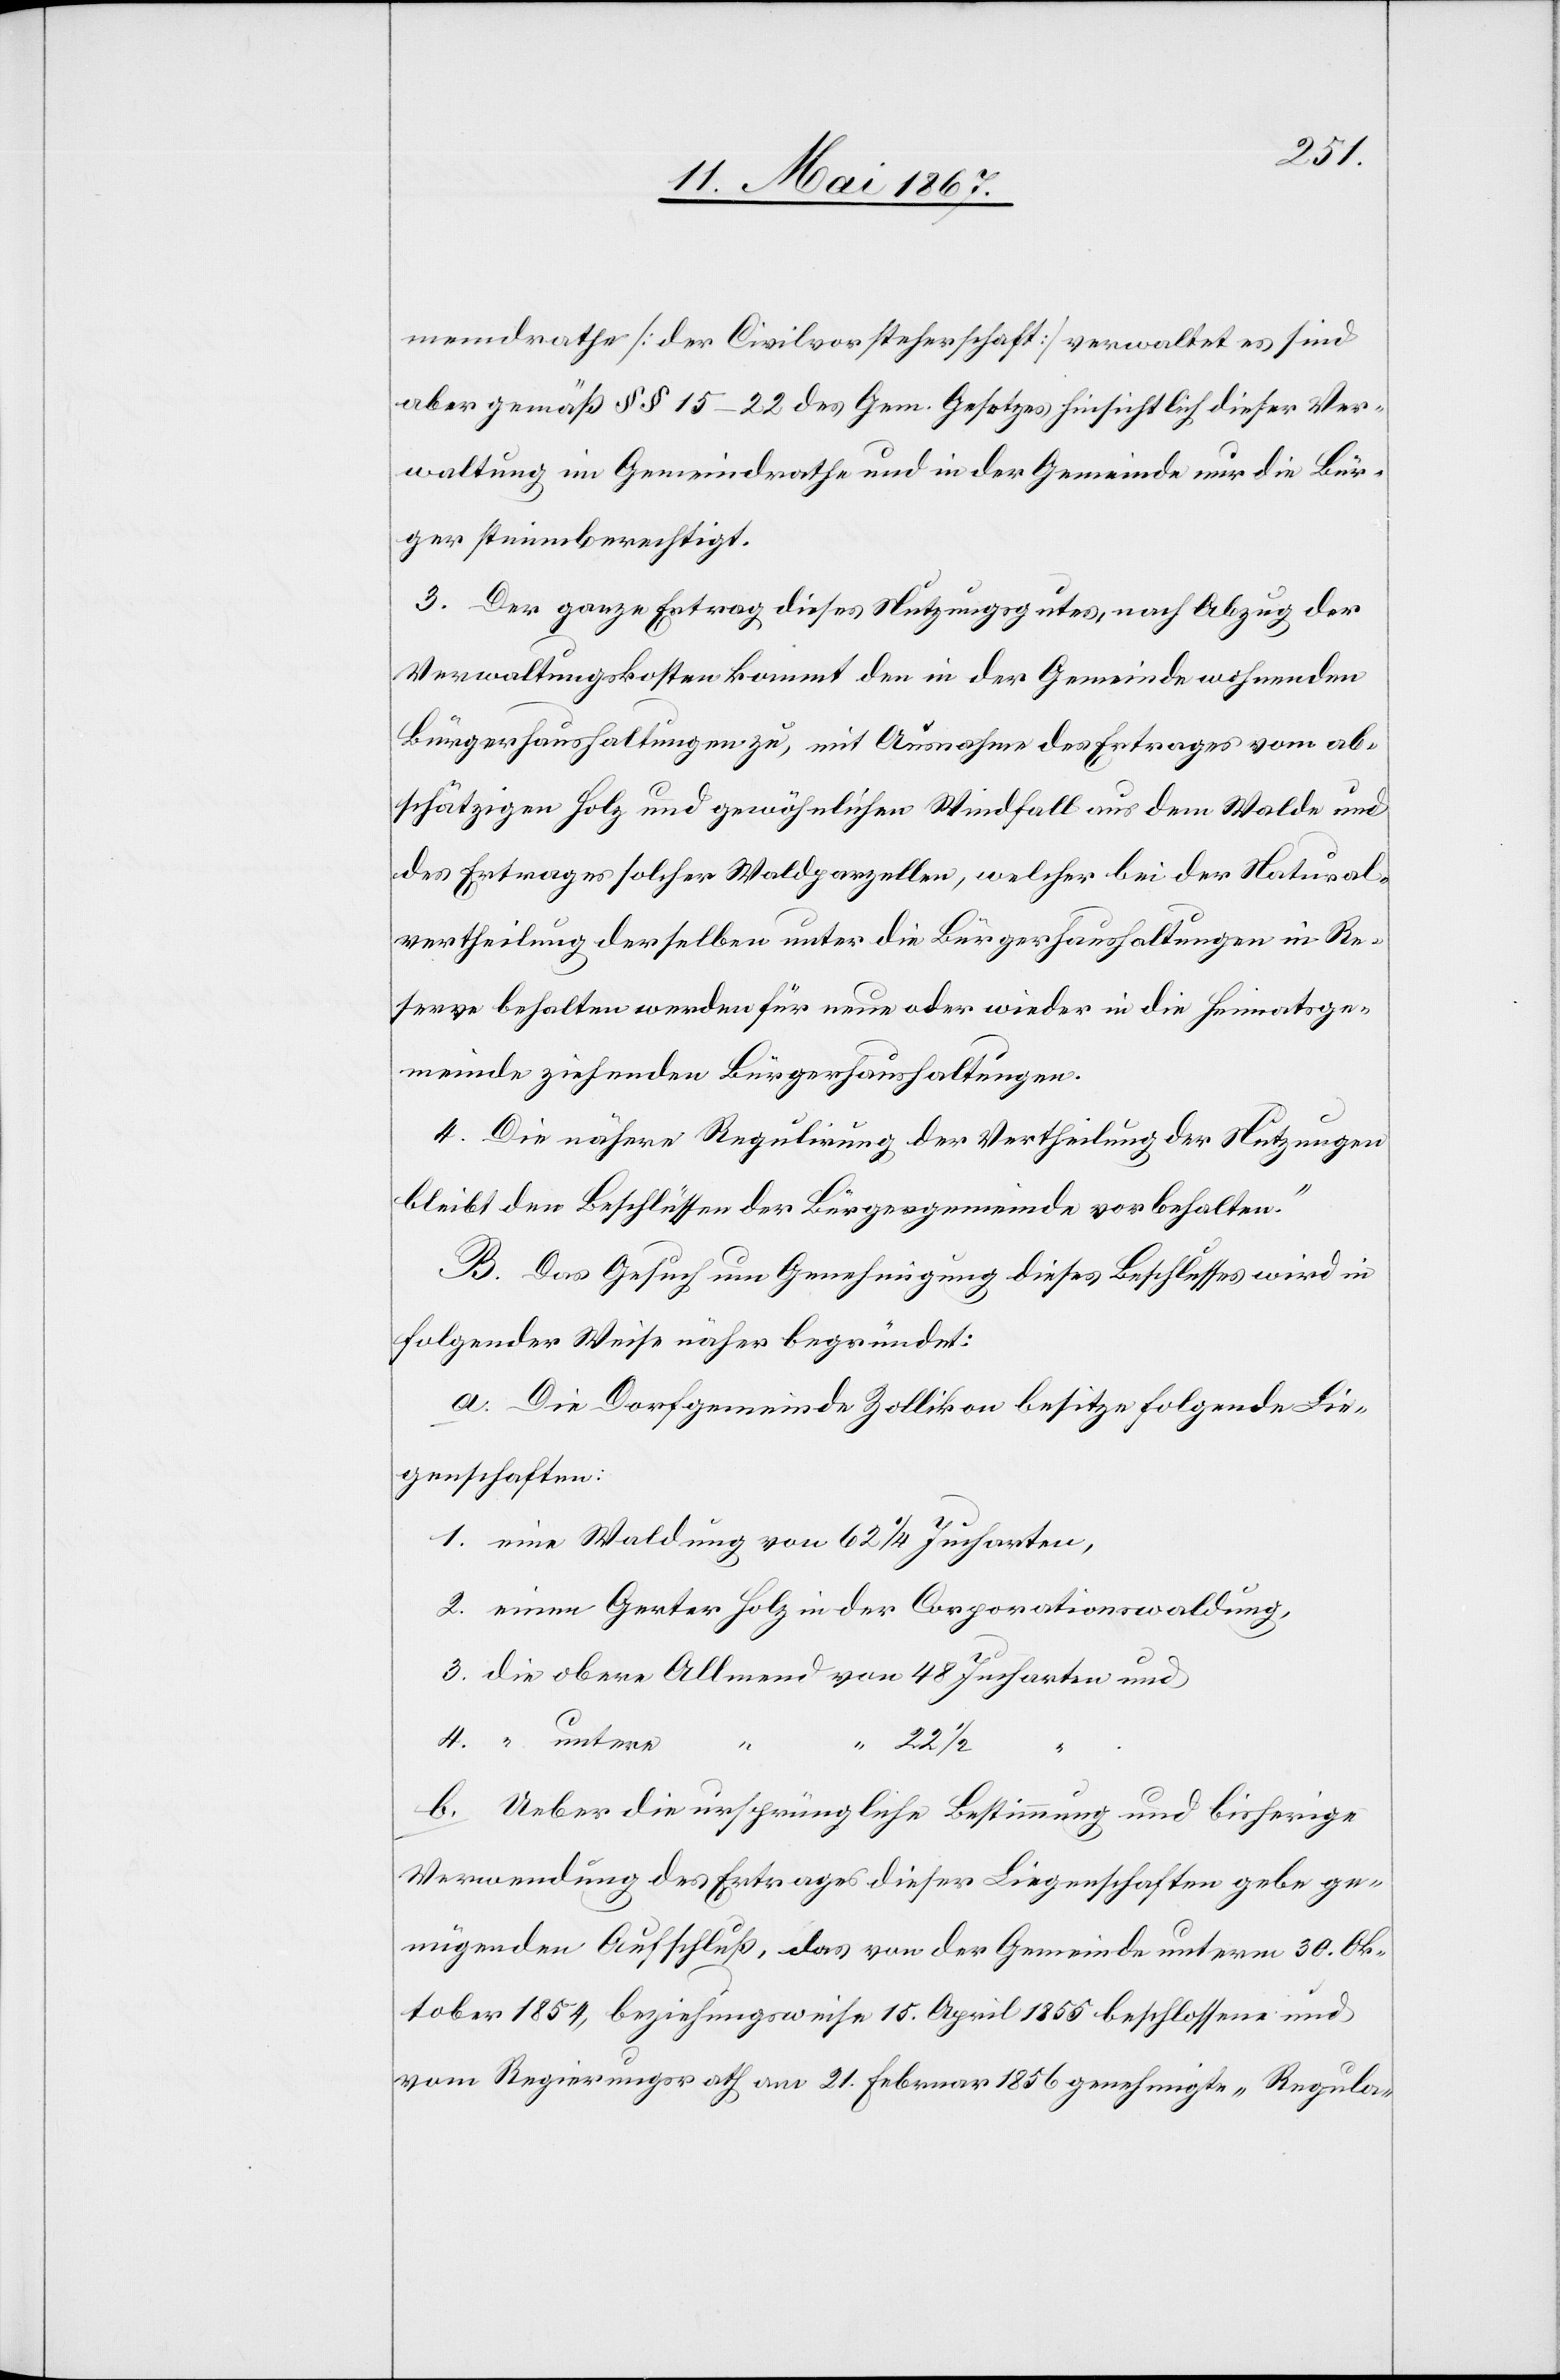
221/2
meindsrathe [der Civilvorsteherschaft] verwaltet es sind
aber gemäß §§ 15–22 des Gem. Gesetzes hinsichtlich dieser Ver¬
waltung im Gemeindrathe und in der Gemeinde nur die Bür¬
ger stimmberechtigt.
3. Der ganze Ertrag dieses Nutzungsgutes, nach Abzug der
Verwaltungskosten kommt den in der Gemeinde wohnenden
Bürgerhaushaltungen zu, mit Ausnahme des Ertrages vom ab¬
schätzigen Holz und gewöhnlichen Windfall aus dem Walde und
des Ertrages solcher Waldsparzellen, welcher bei der Natural¬
vertheilung derselben unter die Bürgerhaushaltungen in Re¬
serve behalten werden für neue oder wieder in die Heimatsge¬
meinde ziehenden Bürgerhaushaltungen.
4. Die nähere Regulirung der Vertheilung der Nutzungen
bleibt den Beschlüssen der Bürgergemeinde vorbehalten.“
B. Das Gesuch um Genehmigung dieses Beschlusses wird in
folgender Weise näher begründet:
a. Die Dorfgemeinde Zollikon besitze folgende Lie¬
genschaften:
b. Ueber die ursprüngliche Bestimmung und bisherige
Verwendung des Ertrages dieser Liegenschaften gebe ge¬
nügenden Aufschluß, das von der Gemeinde unterm 30. Ok¬
tober 1854, beziehungsweise 15. April 1855 beschlossene und
vom Regierungsrath am 21. Februar 1856 genehmigte „Regula-